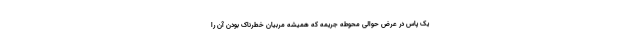
یک پاس در عرض حوالی محوطه جریمه که همیشه مربیان خطرناک بودن آن را